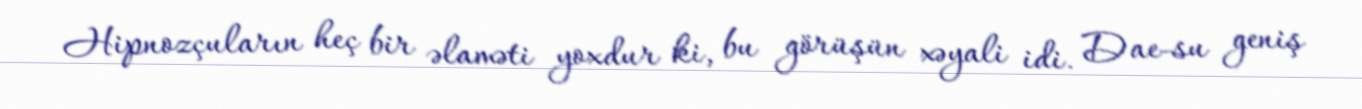
Hipnozçuların heç bir əlaməti yoxdur ki, bu görüşün xəyali idi. Dae-su geniş